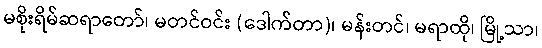
မစိုးရိမ်ဆရာတော်၊ မတင်ဝင်း (ဒေါက်တာ)၊ မန်းတင်၊ မရာထို၊ မြို့သာ၊